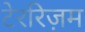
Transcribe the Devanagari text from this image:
टेररिज़म